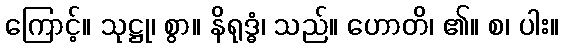
ကြောင့်။ သုဋ္ဌု၊ စွာ။ နိရုဒ္ဓံ၊ သည်။ ဟောတိ၊ ၏။ စ၊ ပါး။